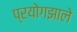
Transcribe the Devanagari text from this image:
प्रयोगझाले